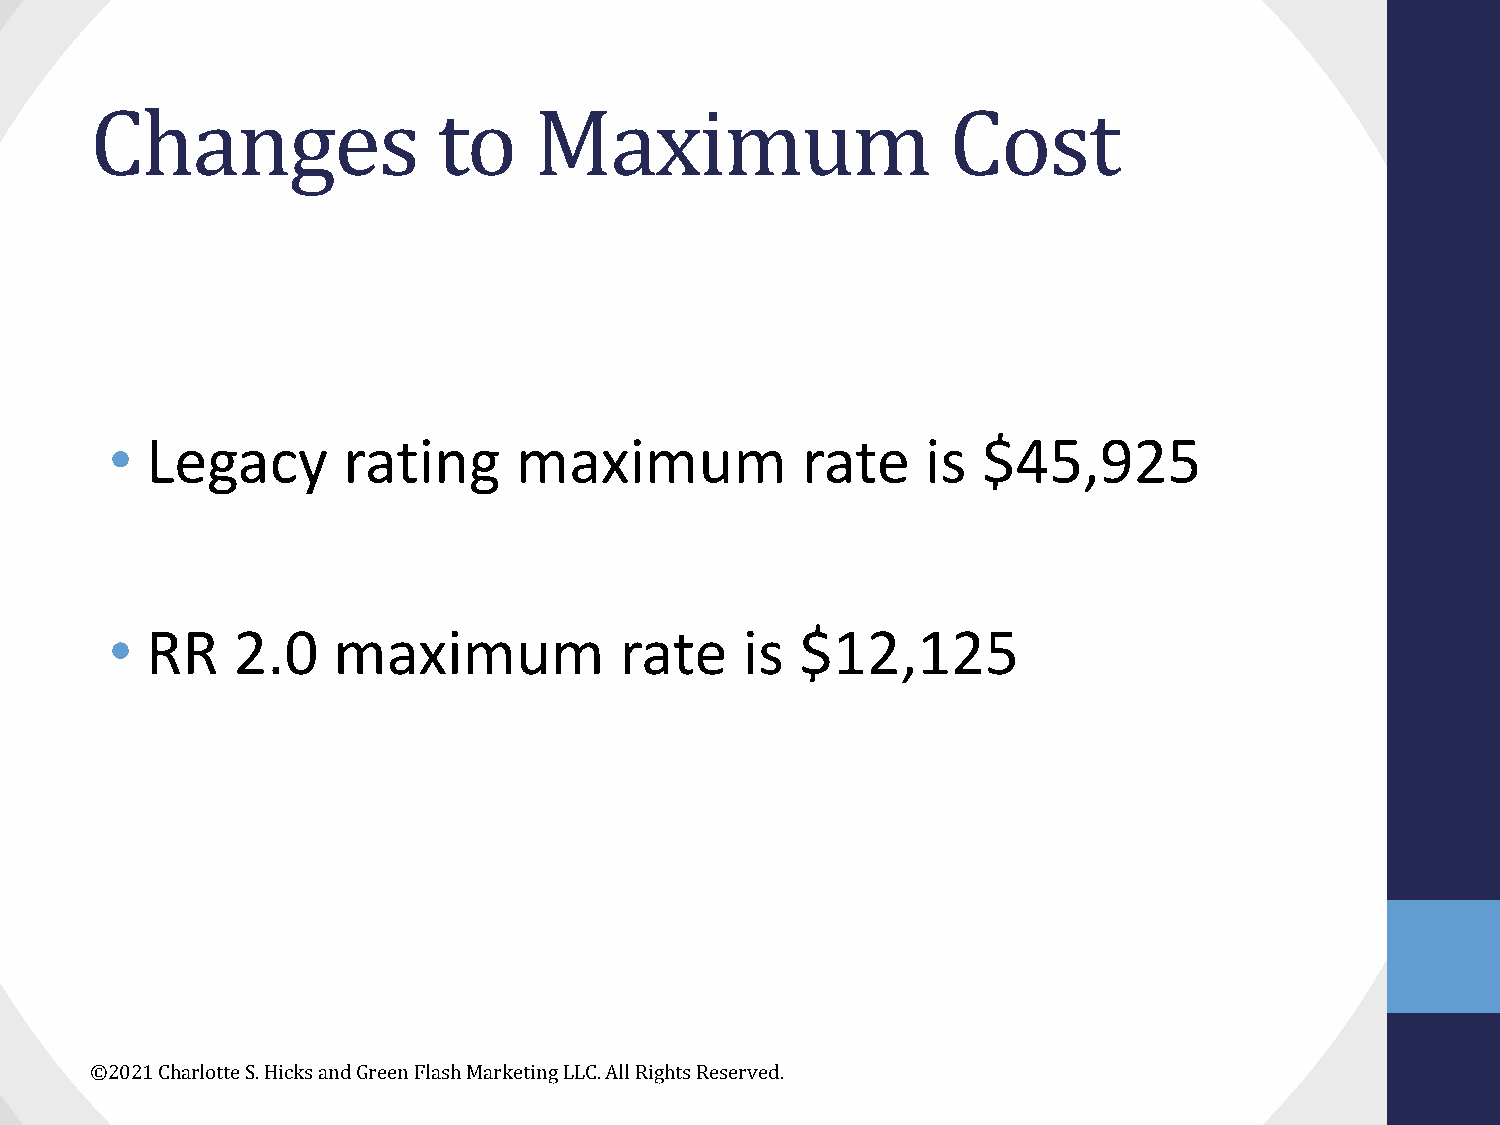
Changes                to    Maximum                     Cost
 •  Legacy       rating     maximum            rate    is  $45,925
 •  RR   2.0    maximum            rate    is  $12,125
 ©2021 Charlotte S. Hicks and Green Flash Marketing LLC. All Rights Reserved.